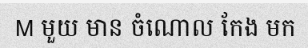
M មួយ មាន ចំណោល កែង មក